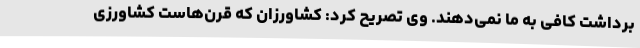
برداشت کافی به ما نمی‌دهند. وی تصریح کرد: کشاورزان که قرن‌هاست کشاورزی